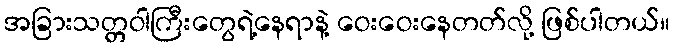
အခြားသတ္တဝါကြီးတွေရဲ့နေရာနဲ့ ဝေးဝေးနေတတ်လို့ ဖြစ်ပါတယ်။